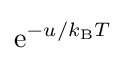
{\text{e}}^{-u/k_{\text{B}}T}